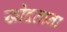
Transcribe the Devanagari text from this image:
खोदताना